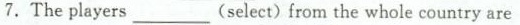
7. The players_____(select) from the whole country are